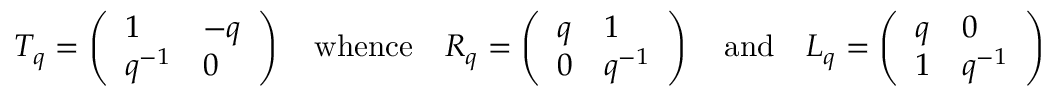
T _ { q } = \left( \begin{array} { l l } { 1 } & { - q } \\ { q ^ { - 1 } } & { 0 } \end{array} \right) \quad \mathrm { w h e n c e } \quad R _ { q } = \left( \begin{array} { l l } { q } & { 1 } \\ { 0 } & { q ^ { - 1 } } \end{array} \right) \quad \mathrm { a n d } \quad L _ { q } = \left( \begin{array} { l l } { q } & { 0 } \\ { 1 } & { q ^ { - 1 } } \end{array} \right)